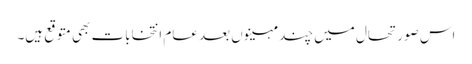
اس صورتحال میں چند مہینوں بعد عام انتخابات بھی متوقع ہیں۔